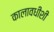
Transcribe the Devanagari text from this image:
कालावधीशी